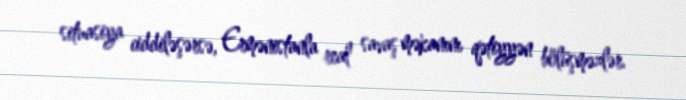
situasiya ciddiləşərsə, Ermənistanla real savaş məkanını qətiyyən bölüşməzlər.